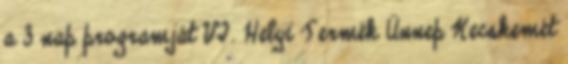
a 3 nap programját VI. Helyi Termék Ünnep Kecskemét